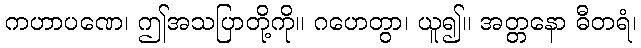
ကဟာပဏေ၊ ဤအသပြာတို့ကို။ ဂဟေတွာ၊ ယူ၍။ အတ္တနော ဓီတရံ၊